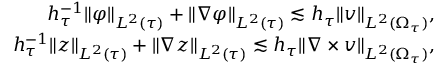
\begin{array} { r } { h _ { \tau } ^ { - 1 } \| \varphi \| _ { L ^ { 2 } ( \tau ) } + \| \nabla \varphi \| _ { L ^ { 2 } ( \tau ) } \lesssim h _ { \tau } \| \boldsymbol { v } \| _ { L ^ { 2 } ( \Omega _ { \tau } ) } , } \\ { h _ { \tau } ^ { - 1 } \| \boldsymbol { z } \| _ { L ^ { 2 } ( \tau ) } + \| \nabla \boldsymbol { z } \| _ { L ^ { 2 } ( \tau ) } \lesssim h _ { \tau } \| \nabla \times \boldsymbol { v } \| _ { L ^ { 2 } ( \Omega _ { \tau } ) } , } \end{array}